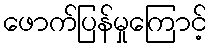
ဖောက်ပြန်မှုကြောင့်